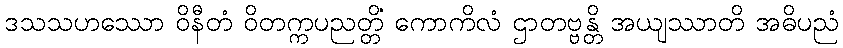
ဒသသဟဿော ဝိနီတံ ဝိတက္ကပညတ္တိံ ကောကိလံ ဌာတဗ္ဗန္တိ အယျဿာတိ အဓိပညံ